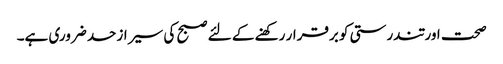
صحت اور تندرستی کو برقرار رکھنے کے لئے صبح کی سیر ازحد ضروری ہے۔